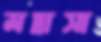
মদ্রাসা